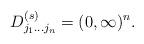
LaTeX: \begin{align*}{D}_{j_1\dots j_n}^{(s)}=(0,\infty)^n.\end{align*}